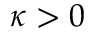
\kappa > 0